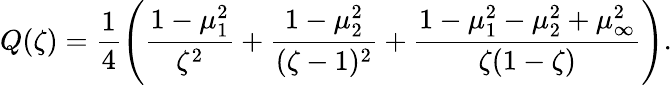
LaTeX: Q(\zeta)=\frac{1}{4}\left(\frac{1-\mu_{1}^{2}}{\zeta^{2}}+\frac{1-\mu_{2}^{2}}{(\zeta-1)^{2}}+\frac{1-\mu_{1}^{2}-\mu_{2}^{2}+\mu_{\infty}^{2}}{\zeta(1-\zeta)}\right).